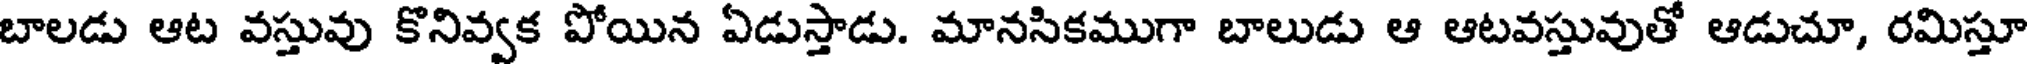
బాలడు ఆట వస్తువు కొనివ్వక పోయిన ఏడుస్తాడు. మానసికముగా బాలుడు ఆ ఆటవస్తువుతో ఆడుచూ, రమిస్తూ